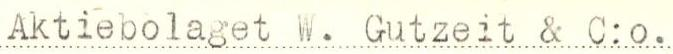
Aktiebolaget W. Gutzeit & C:o.